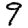
Digit: 9